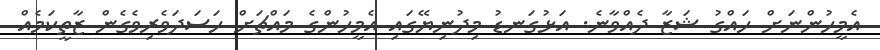
އެމީހުންނަށް ހައްގު ޝަޒާ ދެއްވާނެ. އަޅުގަނޑު މިދުނިޔޭގައި އެމީހުންގެ މައްޗަށް ހަސަދަވެރިވެގެން ޒާތީކަމެއް